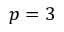
p = 3